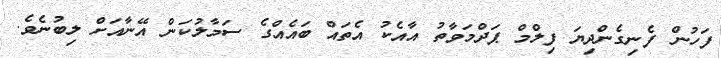
ފަހުން ފެނިގެންދިޔަ ފިލްމް ޕަދްމަވާތު އާއެކު އެތައް ބައެއްގެ ސަމާލުކަން އޭނާއަށް ލިބުނެވެ.